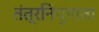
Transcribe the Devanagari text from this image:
तंत्रनिपुणता